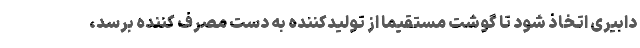
دابیری اتخاذ شود تا گوشت مستقیما از تولیدکننده به دست مصرف کننده برسد،